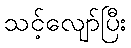
သင့်လျော်ပြီး